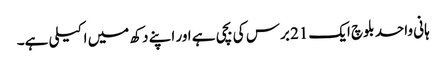
ہانی واحد بلوچ ایک 21 برس کی بچی ہے اور اپنے دکھ میں اکیلی ہے۔